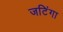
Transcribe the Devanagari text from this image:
जटिंगा